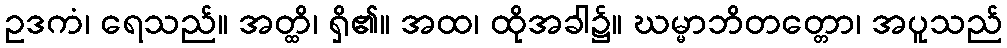
ဥဒကံ၊ ရေသည်။ အတ္ထိ၊ ရှိ၏။ အထ၊ ထိုအခါ၌။ ဃမ္မာဘိတတ္တော၊ အပူသည်